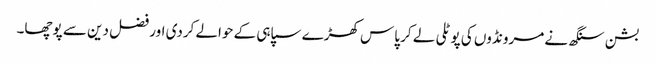
بشن سنگھ نے مرونڈوں کی پوٹلی لے کر پاس کھڑے سپاہی کے حوالے کردی اور فضل دین سے پوچھا۔